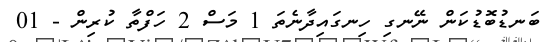
ބަނޑުބޮޑުކަން ނޭނގި ހިނގައިދާނެތަ 1 މަސް 2 ހަފްތާ ކުރިން - 01